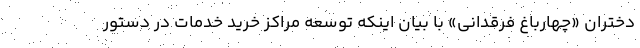
دختران «چهارباغ فرقدانی» با بیان اینکه توسعه مراکز خرید خدمات در دستور